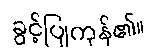
ခွင့်ပြုကုန်၏။